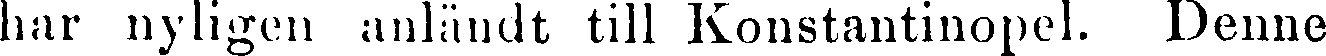
har nyligen anländt till Konstantinopel. Denne